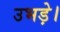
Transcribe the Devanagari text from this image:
उभड़े।